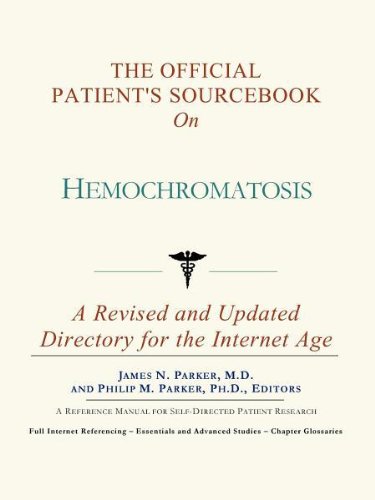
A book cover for The Official Patient's Sourcebook on Hemochromatosis; James N. Parker; Health, Fitness & Dieting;